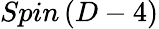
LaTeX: Spin\left(D-4\right)